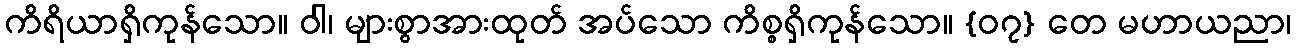
ကိရိယာရှိကုန်သော။ ဝါ၊ များစွာအားထုတ် အပ်သော ကိစ္စရှိကုန်သော။ {၀၇} တေ မဟာယညာ၊